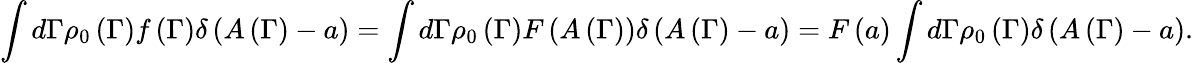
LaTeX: \int d\Gamma\rho_{0}\left(\Gamma\right)f\left(\Gamma\right)\delta\left(A\left(\Gamma\right)-a\right)=\int d\Gamma\rho_{0}\left(\Gamma\right)F\left(A\left(\Gamma\right)\right)\delta\left(A\left(\Gamma\right)-a\right)=F\left(a\right)\int d\Gamma\rho_{0}\left(\Gamma\right)\delta\left(A\left(\Gamma\right)-a\right).